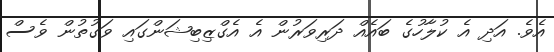
އެވެ. އަދި އެ ކުލާހުގެ ބައެއް ދަރިވަރުން އެ އެގްޒިބިޝަންގައި ވަގުތުން ވެސް